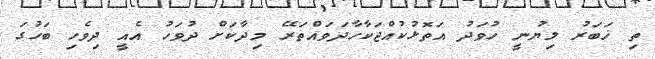
ތި ޚަބަރު ލިޔުނީ ހުވަދު އަތޮޅުކުއްޖަކާހާދަވައްތަރޭ މިދާކަށް ދުވަހު އެއީ ދިވެހި ބަހުގަ